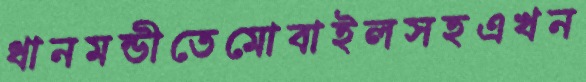
ধানমন্ডীতেমোবাইলসহএখন